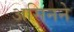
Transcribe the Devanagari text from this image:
असिनने